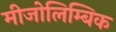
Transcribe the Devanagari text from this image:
मीजोलिम्बिक